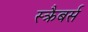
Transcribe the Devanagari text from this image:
स्क्रैबर्स